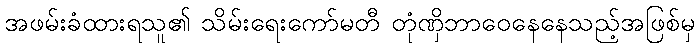
အဖမ်းခံထားရသူ၏ သိမ်းရေးကော်မတီ တုံဏှိဘာဝေနေနေသည့်အဖြစ်မှ